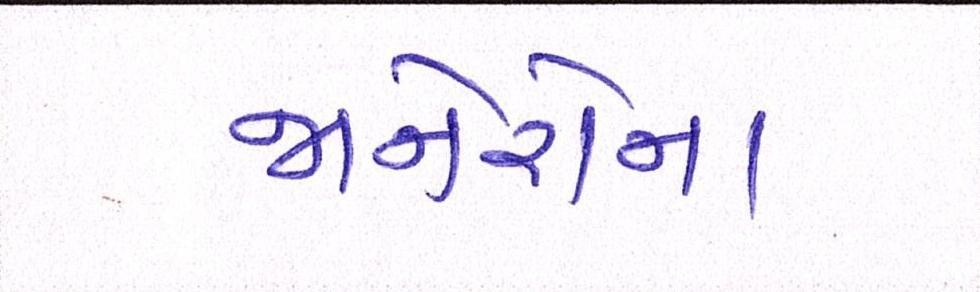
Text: જાનેરોના